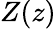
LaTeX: Z(z)